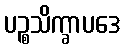
ပဉ္စသိက္ခာပဒေ